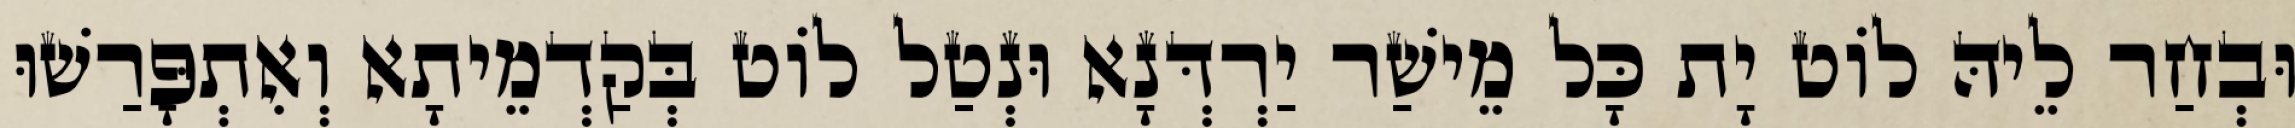
וּבְחַר לֵיהּ לוֹט יָת כָּל מֵישַׁר יַרְדְּנָא וּנְטַל לוֹט בְּקַדְמֵיתָא וְאִתְפָּרַשׁוּ